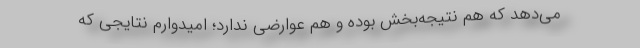
می‌دهد که هم نتیجه‌بخش بوده و هم عوارضی ندارد؛ امیدوارم نتایجی که